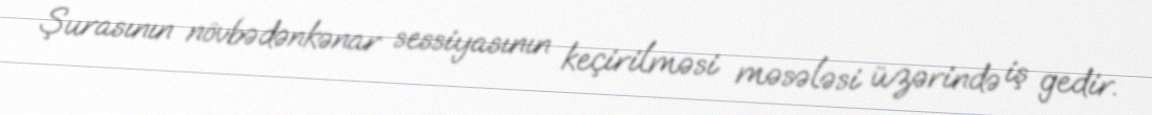
Şurasının növbədənkənar sessiyasının keçirilməsi məsələsi üzərində iş gedir.